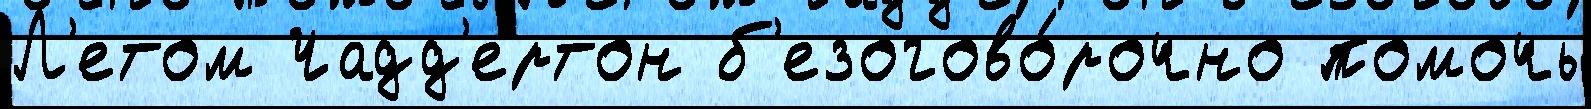
Л'етом Чадд'ертон б'езогово́рочно помочь